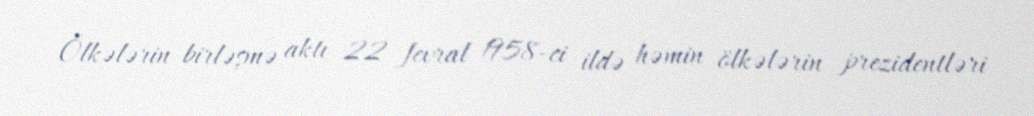
Ölkələrin birləşmə aktı 22 fevral 1958-ci ildə həmin ölkələrin prezidentləri